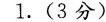
1.(3分)